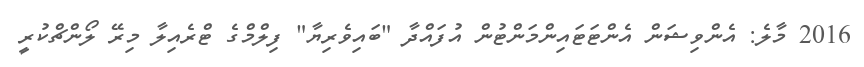
2016 މާލެ: އެންވިޝަން އެންޓަޓައިންމަންޓުން އުފައްދާ "ބައިވެރިޔާ" ފިލްމްގެ ޓްރެއިލާ މިރޭ ލޯންޗްކުރީ